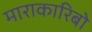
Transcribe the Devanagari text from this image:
माराकारिबो